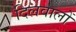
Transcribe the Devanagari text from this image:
दिलवालों